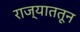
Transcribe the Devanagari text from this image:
राज्याततून